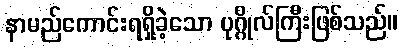
နာမည်ကောင်းရရှိခဲ့သော ပုဂ္ဂိုလ်ကြီးဖြစ်သည်။